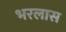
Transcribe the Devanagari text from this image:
भरलास